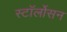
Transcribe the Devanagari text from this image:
स्टॉर्लोसन